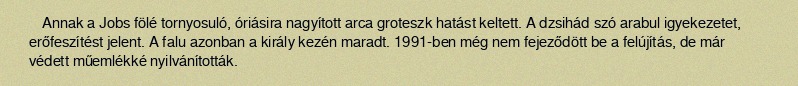
Annak a Jobs fölé tornyosuló, óriásira nagyított arca groteszk hatást keltett. A dzsihád szó arabul igyekezetet, erőfeszítést jelent. A falu azonban a király kezén maradt. 1991-ben még nem fejeződött be a felújítás, de már védett műemlékké nyilvánították.